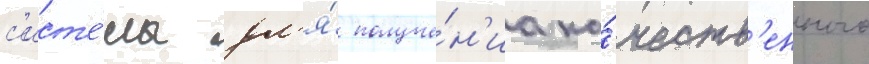
с'ист'е́мы дл'я́ получе́н'иа ка́честв'енного